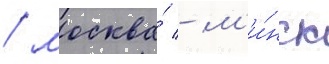
/ москва́ - м'и́нск